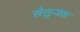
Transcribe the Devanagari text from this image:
सेलुजक